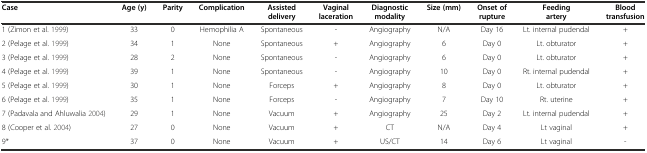
| Case | Age (y) | Parity | Complication | Assisted delivery | Vaginal laceration | Diagnostic modality | Size (mm) | Onset of rupture | Feeding artery | Blood transfusion |
 | --- | --- | --- | --- | --- | --- | --- | --- | --- | --- | --- |
 | 1 (Zimon et al.1999) | 33 | 0 | Hemophilia A | Spontaneous | - | Angiography | N/A | Day 16 | Lt. internal pudendal | + |
 | 2 (Pelage et al.1999) | 34 | 1 | None | Spontaneous | + | Angiography | 6 | Day 0 | Lt. obturator | + |
 | 3 (Pelage et al.1999) | 28 | 2 | None | Spontaneous | - | Angiography | 6 | Day 0 | Lt. obturator | + |
 | 4 (Pelage et al.1999) | 39 | 1 | None | Spontaneous | - | Angiography | 10 | Day 0 | Rt. internal pudendal | + |
 | 5 (Pelage et al.1999) | 30 | 1 | None | Forceps | + | Angiography | 8 | Day 0 | Lt. obturator | + |
 | 6 (Pelage et al.1999) | 35 | 1 | None | Forceps | - | Angiography | 7 | Day 10 | Rt. uterine | + |
 | 7 (Padavala and Ahluwalia2004) | 29 | 1 | None | Vacuum | + | Angiography | 25 | Day 2 | Lt. internal pudendal | + |
 | 8 (Cooper et al.2004) | 27 | 0 | None | Vacuum | + | CT | N/A | Day 4 | Lt vaginal | + |
 | 9* | 37 | 0 | None | Vacuum | + | US/CT | 14 | Day 6 | Lt vaginal | - |